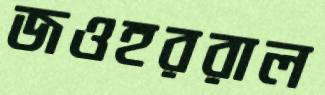
জওহররাল